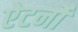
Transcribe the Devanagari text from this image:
ऐटर्नों